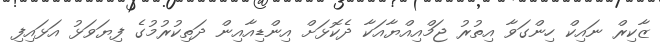
ޒާކިރް ނައިކް ހިންގަވާ އިތުރު ޖަމްއިއްޔާއަކާ ދެކޮޅަށް އިންޑިއާއިން ދަތިކުރުމުގެ ފިޔަވަޅު އަޅައިފި